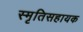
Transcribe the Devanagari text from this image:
स्मृतिसहायक